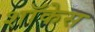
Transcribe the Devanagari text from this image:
शाॅकेस